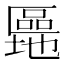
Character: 𫧜